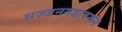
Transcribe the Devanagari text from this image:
सज्जनगडावरून